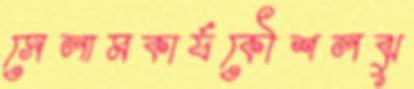
সেলামকার্যকৌশলঝু